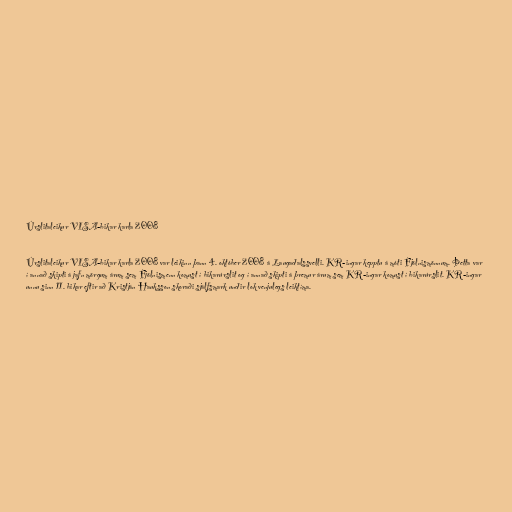
Úrslitaleikur VISA-bikar karla 2008

Úrslitaleikur VISA-bikar karla 2008 var leikinn þann 4. október 2008 á Laugadalssvelli. KR-ingar kepptu á móti Fjölnismönnum. Þetta var
í annað skipti á jafn mörgum árum sem Fjölnismenn komust í bikarúrslit og í annað skipti á þremur árum sem KR-ingar komust í bikarúrslit. KR-ingar
unnu sinn 11. bikar eftir að Kristján Hauksson skoraði sjálfsmark undir lok venjulegs leiktíma.